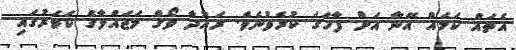
އެތައް ކަމެއް އޭނާ އަށް ފާހަގަ ކުރެވުނެވެ. ރައުދާ ވޯގް މަޖައްލާގެ ކަވަރުގައި